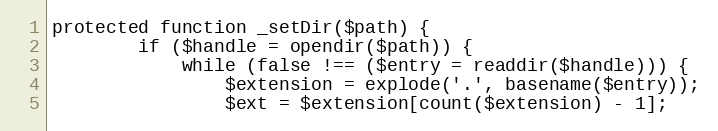
Language: PHP
protected function _setDir($path) {
        if ($handle = opendir($path)) {
            while (false !== ($entry = readdir($handle))) {
                $extension = explode('.', basename($entry));
                $ext = $extension[count($extension) - 1];